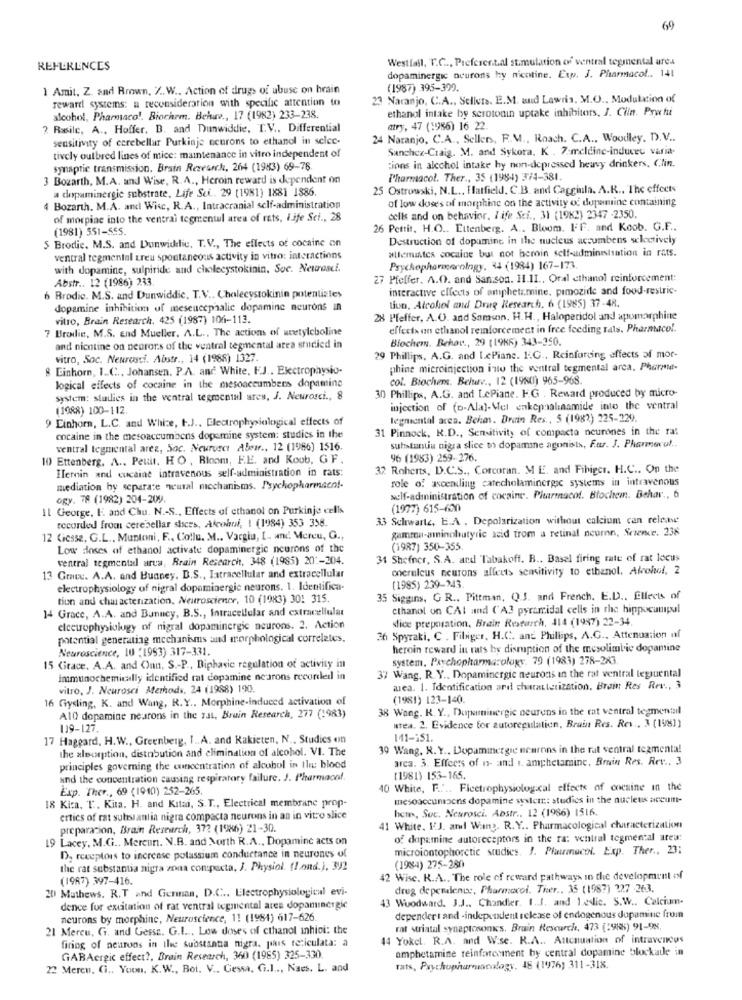
69
Westfall, T.C ., Preferen.t.al st.mulation of ventral tegmental area
REFERENCES
dopaminergic neurons hy nicotine. Exp. J. Pharmacol .. 141
1 Amit, Z. and Brown, Z .. W .. Action of drugs of abuse on brain
(1987) 395-399.
reward systems: a reconsideration with specific attention to
23 Naranjo, C.A ., Sellera. E.M. and Lawris. M.O ., Modulation of
ethanol intake by serotonin uptake inhibitors, J. Clin. Prohi
alcohol, Pharmaco !. Biochem. Behare ., 17 (1982) 233-238.
2 Rasilc, A ., Hoffer. D. and Dunwiddie. T.V .. Differential
atry, 47 (1986) 16 22.
sensitivity of cerebellar Purkinje neurons to ethanol in selec-
24 Naranjo, C.A ., Sellers, F.M ., Roach. C.A ., Woodley, D.V ..
Sanchez-Craig. M. and Sykora. K . 7:meldine-induceu varia-
tively outbred lines of mice: maintenance in vitro independent of
synaptic transmission. Brain Research, 264 (1983) 69-78
tions in alcohol intake hy non-depressed heavy drinkers, Clin.
3 Bozarth, M.A. and Wise, R.A ., Heroin reward is dependent on
Pharmacol. Ther ., 35 (1984) 374-381.
a dopaminergie substrate, Life Sci .. 29 (1981) 1881 1886.
25 Ostrowski, N.L ., Flatfield, C.B. and Caggiula. A.R ., The effects
of low doses of morphine on the activity of dopamine containing
4 Bozarth. M.A. and Wise, R.A ., Intracranial self-administration
of morpine into the ventral togmentul area of rats, Life Sci ., 28
cells and on behavior. Life Sci ., 31 (1982) 2347 -2350.
(1981) 551-S55.
26 Pettit, H.O .. Ettenberg. A .. Bloom. FFF. and Koob. G.F ..
$ Brodie. M.S. and Dunwiddie, T.V ., The effects of cocaine on
Destruction of dopamine in the nucleus accumbens selectively
allemantes cocaine but not beroin self-administration in rats.
ventral tegmental ureu spontaneous activity in vitro: interactions
with dopamine, sulpiride and cholecystokinin. Soc. Neurosci.
Psychopharmorningy, 34 (1984) 167-173
Abstr .. 12 (1986) 233
27 Pfeffer. A.O. and San.son. 11.11 ., Oral ethanol reinforcement:
interactive effects of amphetamine, pimozide and food-restric-
6 Brodie. M.S. and Dunwiddie, T.V .. Cholecystokinin potentizles
tiun, Alcohol and Drug Research. 6 (1985) 37 -48.
dopamine inhibition of meseucephalic dopamine neurons in
vitro, Brain Research. 425 (1987) 104-113.
28 Pfeffer, A.O. and Samson, H.H ., Haloperidol and apumarphine
7 Brodie, M.S. End Mueller, A.L ., The actions of acetylcholine
effects an ethanol reinforcement in free feeding Tals. Pharmaco !.
Biochem. Behov ., 29 (19KR) 343-350
and nicotine on neorors of the ventral tegmental area studied in
vitro, Soc. Neurosti. Abstr ., 14 (1988) 1327.
29 Phillips, A.G. and I.cPiane. 1.G ., Reinforcing effects of mor-
8 Einhorn, I.C ., Johansen, P.A. and White, FJ .. Electrophysio-
phine microinjection into the ventral tegmental arca, Pharma-
col. Biochem. Belure ., 12 (1980) 965-968.
logical effects of cocaine in the mesoaccumbens dopamine
system: studies in the ventral tegmental ares, J. Neurosci ., 8
30 Phillips, A.G. and LePiane. F.G . Reward produced by micro-
(1988) 100-112.
injection of (D-Ala)-Mel enkepalinamide into the ventral
9 Einhorn, L.C. and Whize, t.J ., Electrophysiological effects of
legnicntal acea. Behav. Drain Res ., 5 (1982) 225-229.
31 Pinnock, R.D ., Sensitivity of compacta neurones in the rat
cocaine in the mesoaccumbens dopamine system: studies in the
ventral legmental arez, Soc. Neuruset Abstr ., 12 (1986) 1516.
substantiu nigra slice to dopamine agonists, Far. J. Pharmerul ..
10 Ettenberg, A .. Peuit, HO , Ricom, F.E. and Koob, G F.
96 (1983) 259-276.
Elerin and cocaine intravenous self-administration in rats:
32 Roberts, D.C.S ., Corcoran. M E. and Fibiger. H.C .. On the
role of ascending catecholaminergic systems in intravenous
mediation by separate neural mechanisms. Psychopharmaen !-
ogy. 78 (1982) 204-209.
self-administration of cocaine. Pharmacol. Blochemn. Behar ., 6
Il George, E and Chu. N .- S ., Effects of ethanol on Purkinje cells
(1977) 615-600
recorded from cerebellar shces, Alcohol, I (1984) 353 358.
33 Schwarte, E.A . Depolarization without calcium can releine
gamma-aminobutyric acid trom a retinal neuron, Science. 238
12 (icsse, G.L ., Muntoni, F ., Collu. M .. Vargiu, I- and. Mercu, G .,
Low doses of ethanol activate dopaminergic neurons of the
(1987) 350-355
ventral tegmental arua, Brain Research. 348 (1985) 20 :- 204.
34 Shefner, S.A. and Tabakoff. B .. Basel firing rate of rat locus
oneruleus neurons affects sensitivity to ethanol. Alcohol, 2
13 Grace. A.A. and Bunney, D.S ., Intracellular and extracellular
electrophysiology of nigral dopaminergic neurons. 1. Identifica-
(1985) 239-243
tion and characterization. Neurosciener, 10 (1983) 301 315.
35 Siggins, G R ., Pittman, Q.S. and French. E.D ., Ellects of
14 Grace, A.A. and Bunney, B.S ., Intracellular and extracellular
cthanol on CAI and ('A3 pyramidal cells in the hippocunipul
slice preporation. Brain Research, 414 (1987) 22-34.
electrophysiology of nigral dopaminergic neurons. 2. Action
potential generating mechanisms and morphological correlates.
36 Spyraki, C . Fibiger, H.C. and Phillips, A.G ., Attenuation af
Neuroscience, 10 (1993) 317-331.
heroin reward in rats hy disruption of the mesolimbic dopamine
system. Psychopharmacology. 79 (1983) 278-2X3
15 Grace. A.A. and Onn, S .- P ., Biphasic regulation of activity in
inmunochemically identified rat dopamine ne arons recorded in
37 Wang, R.Y ., Dopaminergic neurons in the rat ventral legruental
vitro, J. Neurosci Methods, 24 (1988) 190.
mea. 1. Identification and characterization. Brain Res Rev ., 3
16 Gysling, K. and Wang, R.Y .. Morphine-induced activation of
(1981) 123-140.
38 Wang. R. Y ., Dopaminergic deurens in the rat ventral tegmental
A10 dopamine nearons in the rat, Bruin Research, 277 (1983)
139-127.
wrea. 2. Evidence for zutoregulation, Brain Res. Rev ., 3 (198])
17 Haggard, H.W ., Greenberg, I .. A. and Rakieten, N ., Studies on
141-151.
the alsorption, distribution and elimination of alcohol. VI. The
39 Wang, N. Y ., Dopaminergie neurons in the rat ventral teżmenta!
area. 3. Effects of n- and .. amphetamine, Brin Res. Rev .. 3
principles governing the concentration of alcohol in Il: blood
and the concentration causing respiratory failure. J. Pharmacaf.
(1981) 153-165.
Exp. Ther ., 69 (1940) 252-265.
40 White, F ... Fleetrophysiological efects of cocaine in the
18 Kica. T. Kita. H. and Kitadi, S.T ., Electrical membrane prop-
mesoaccumbens dopamine system :: studies in the nucleus accum-
here, Suc. Neurosci. Abstr ., 12 (1986) 1516.
ertics of rat substantia nigra compacta neurons in an in vitro slice
preparation, Brain Research, 372 (1986) 21-30.
41 White, FJ. and Wang. R.Y .. Pharmacological characterization
19 Lacey, M.G .. Mereun. N.B. and North R.A ., Dopamine acts on
of dopamine autoreceptors in the ra: ventral tegmental ates:
microiontophorctic studies. J. Pharmacol. Exp. Ther ., 23:
D. receptors to increase potassium conductance in neurones of
the rat substantia nigra zona compacta, J. Physiol. (fond.), 392
(1984) 275-280
(1987) 397-416.
42 Wise. K.A ., The role of reward pathways in the development of
20 Mathews. R.T and German, D.C ... Electrophysiological evi-
drug dependence, Pharmacol. Ther .. 35 (1987) 327 -263.
43 Woodward. J.J ., Chandler. 1.1, and 1 odlic. S.W .. Calcium-
dence for excitation of rat ventral tegmental ates dopaminergie
neurons by morphine, Neuroscience, 1! (1984) 617-626
depender t and -independent release of endogenous dopamine from
21 Mercu, G. and Gesse. G.L ... Low doses of ethanol inhici: the
rat striatal synaptosonics, Brain Research, 473 (1985) 91-98.
iring of neurons in the substantia nigra. pais reticulata: a
14 Yokcl. R.A. and W.se. R.A ., Attenuation of intravenous
amphetamine reinforcement by central dopamine blockade in
GABAergic effect ?, Brain Research, 360 (1985) 325-330.
22 Mercu, Ci .. Youn. K.W ., Boi. V .. Cessa, G.I .., Naes. L. and
rats, Psychopharmacology, 48 (1976) 311-318.